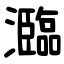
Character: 瀶